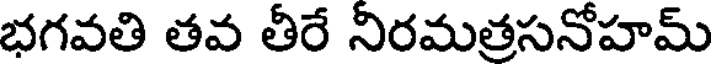
భగవతి తవ తీరే నిరమత్రసనోహమ్